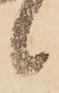
候